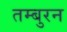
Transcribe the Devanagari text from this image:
तम्बुरन